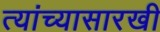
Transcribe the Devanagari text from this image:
त्यांच्यासारखी